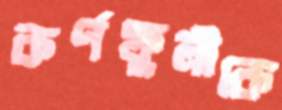
কর্ণফুলীকে